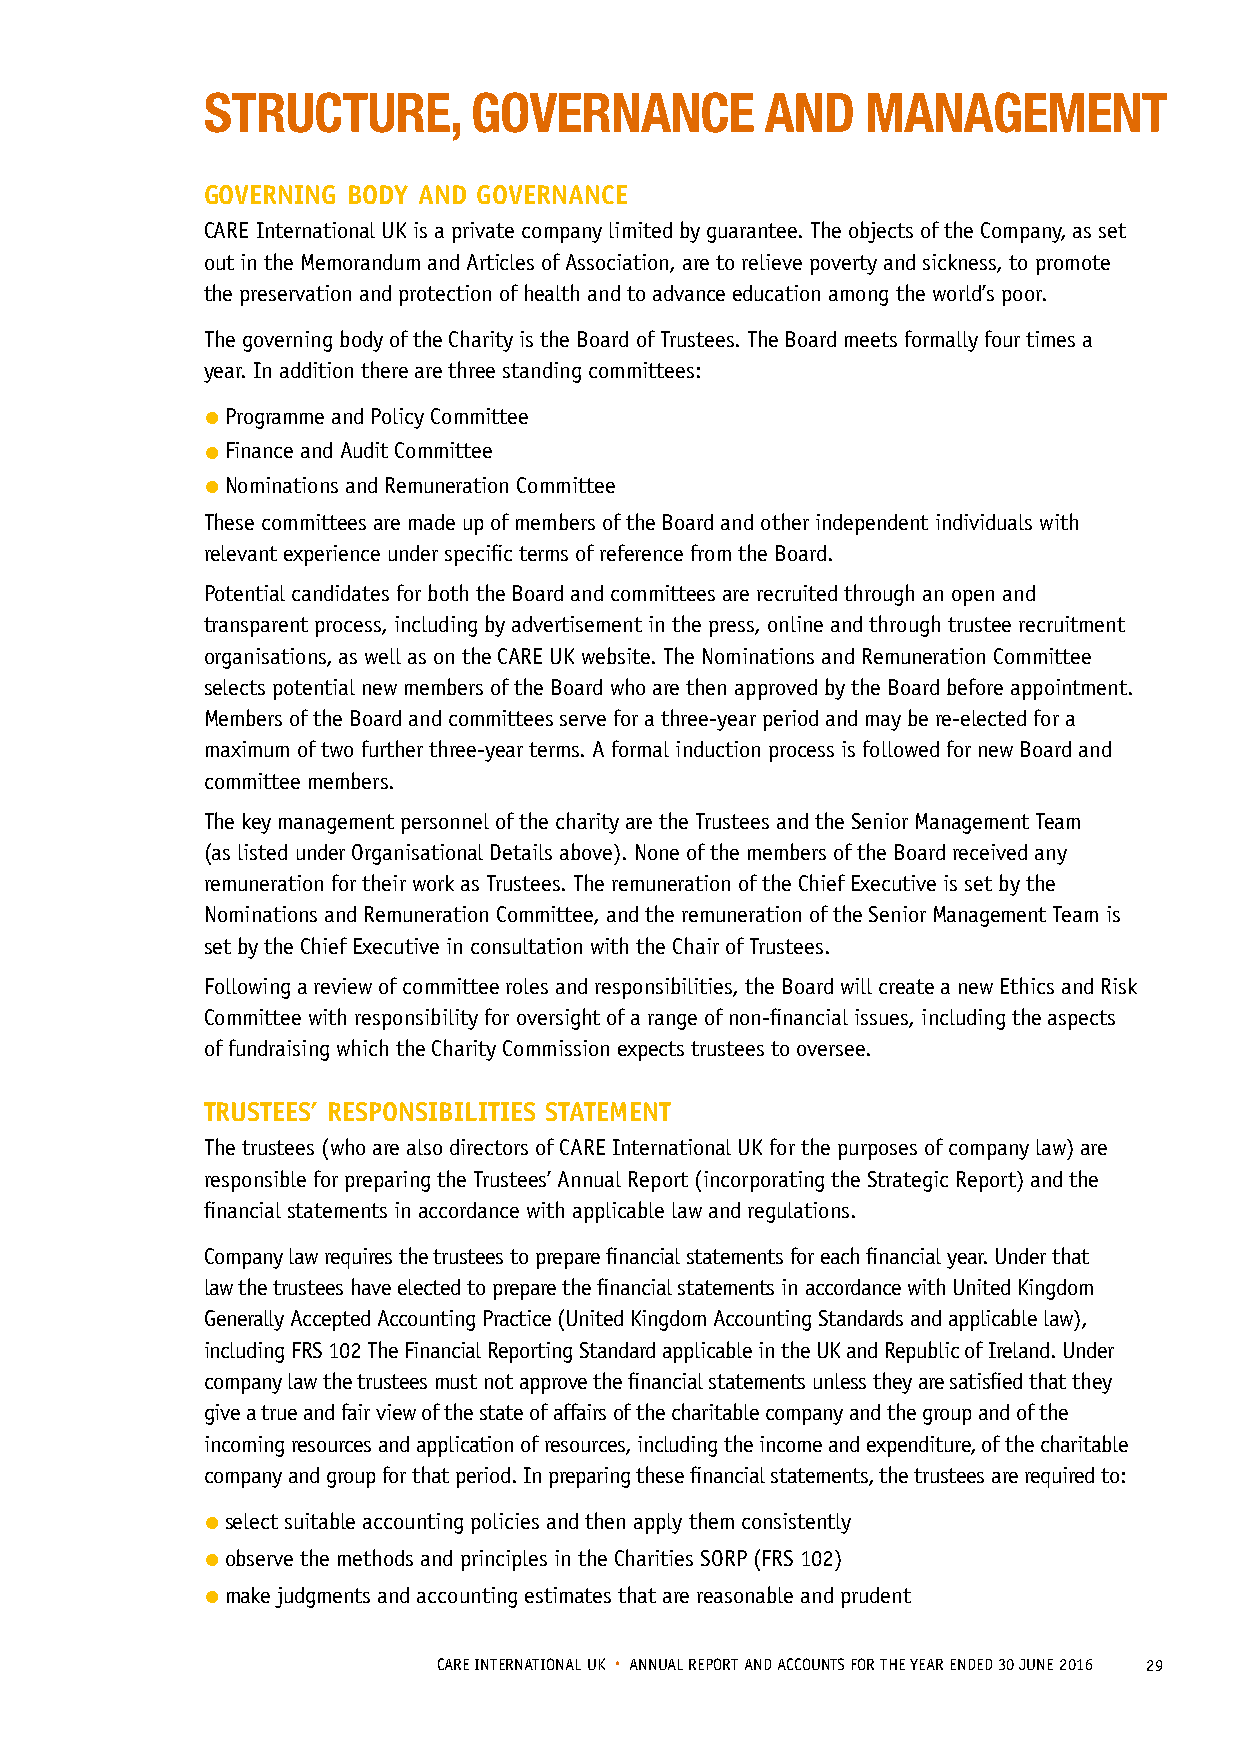
STRUCTURE,        GOVERNANCE          AND   MANAGEMENT
 GOVERNING BODY AND GOVERNANCE
 CARE International UK is a private company limited by guarantee. The objects of the Company, as set
 out in the Memorandum and Articles of Association, are to relieve poverty and sickness, to promote
 the preservation and protection of health and to advance education among the world’s poor.
 The governing body of the Charity is the Board of Trustees. The Board meets formally four times a
 year. In addition there are three standing committees:
 • Programme and Policy Committee
 • Finance and Audit Committee
 • Nominations and Remuneration Committee
 These committees are made up of members of the Board and other independent individuals with
 relevant experience under specific terms of reference from the Board.
 Potential candidates for both the Board and committees are recruited through an open and
 transparent process, including by advertisement in the press, online and through trustee recruitment
 organisations, as well as on the CARE UK website. The Nominations and Remuneration Committee
 selects potential new members of the Board who are then approved by the Board before appointment.
 Members of the Board and committees serve for a three-year period and may be re-elected for a
 maximum of two further three-year terms. A formal induction process is followed for new Board and
 committee members.
 The key management personnel of the charity are the Trustees and the Senior Management Team
 (as listed under Organisational Details above). None of the members of the Board received any
 remuneration for their work as Trustees. The remuneration of the Chief Executive is set by the
 Nominations and Remuneration Committee, and the remuneration of the Senior Management Team is
 set by the Chief Executive in consultation with the Chair of Trustees.
 Following a review of committee roles and responsibilities, the Board will create a new Ethics and Risk
 Committee with responsibility for oversight of a range of non-financial issues, including the aspects
 of fundraising which the Charity Commission expects trustees to oversee.
 TRUSTEES’ RESPONSIBILITIES STATEMENT
 The trustees (who are also directors of CARE International UK for the purposes of company law) are
 responsible for preparing the Trustees’ Annual Report (incorporating the Strategic Report) and the
 financial statements in accordance with applicable law and regulations.
 Company law requires the trustees to prepare financial statements for each financial year. Under that
 law the trustees have elected to prepare the financial statements in accordance with United Kingdom
 Generally Accepted Accounting Practice (United Kingdom Accounting Standards and applicable law),
 including FRS 102 The Financial Reporting Standard applicable in the UK and Republic of Ireland. Under
 company law the trustees must not approve the financial statements unless they are satisfied that they
 give a true and fair view of the state of affairs of the charitable company and the group and of the
 incoming resources and application of resources, including the income and expenditure, of the charitable
 company and group for that period. In preparing these financial statements, the trustees are required to:
 • select suitable accounting policies and then apply them consistently
 • observe the methods and principles in the Charities SORP (FRS 102)
 • make judgments and accounting estimates that are reasonable and prudent
 CARE INTERNATIONAL UK • ANNUAL REPORT AND ACCOUNTS FOR THE YEAR ENDED 30 JUNE 2016 29